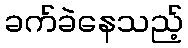
ခက်ခဲနေသည့်